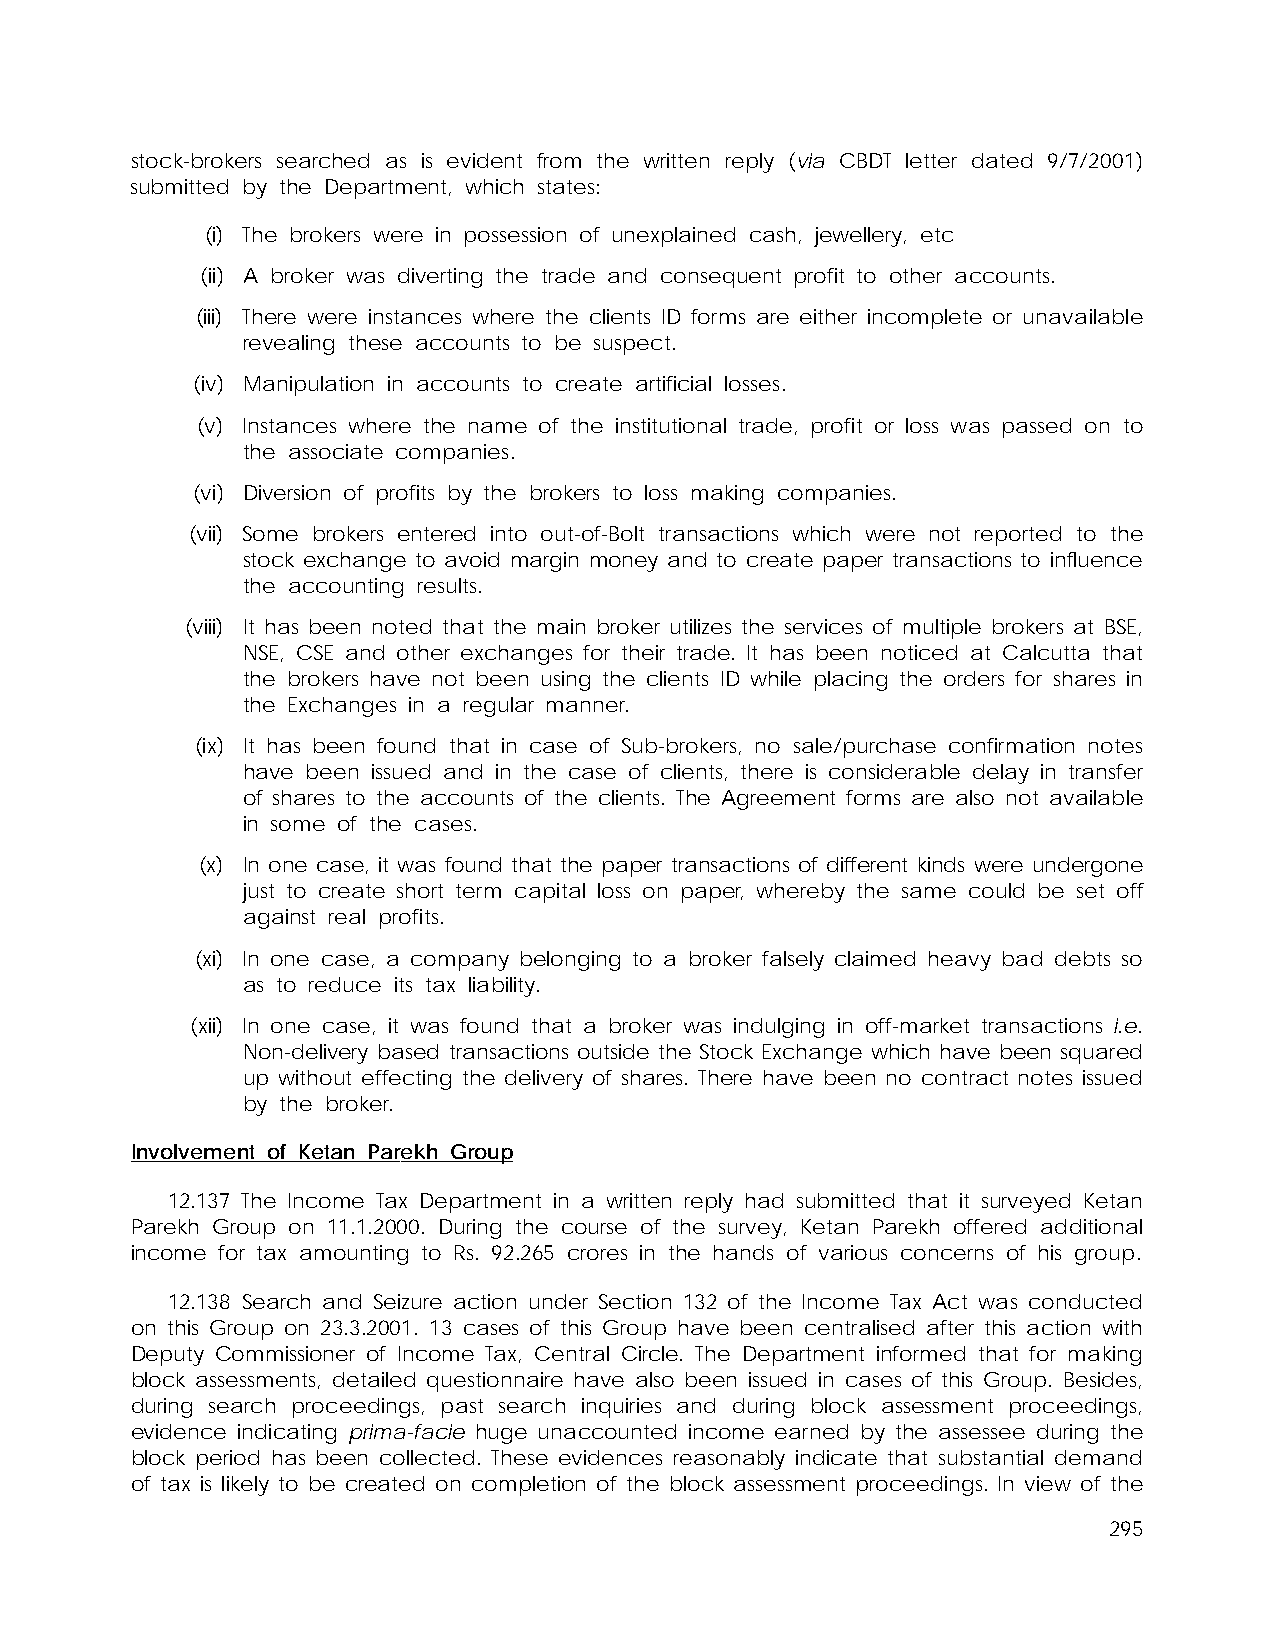
stock-brokers searched as is evident from the written reply (via CBDT letter dated 9/7/2001)
 submitted by the Department, which states:
 (i) The brokers were in possession of unexplained cash, jewellery, etc
 (ii) A broker was diverting the trade and consequent profit to other accounts.
 (iii) There were instances where the clients ID forms are either incomplete or unavailable
 revealing these accounts to be suspect.
 (iv) Manipulation in accounts to create artificial losses.
 (v) Instances where the name of the institutional trade, profit or loss was passed on to
 the associate companies.
 (vi) Diversion of profits by the brokers to loss making companies.
 (vii) Some brokers entered into out-of-Bolt transactions which were not reported to the
 stock exchange to avoid margin money and to create paper transactions to influence
 the accounting results.
 (viii) It has been noted that the main broker utilizes the services of multiple brokers at BSE,
 NSE, CSE and other exchanges for their trade. It has been noticed at Calcutta that
 the brokers have not been using the clients ID while placing the orders for shares in
 the Exchanges in a regular manner.
 (ix) It has been found that in case of Sub-brokers, no sale/purchase confirmation notes
 have been issued and in the case of clients, there is considerable delay in transfer
 of shares to the accounts of the clients. The Agreement forms are also not available
 in some of the cases.
 (x) In one case, it was found that the paper transactions of different kinds were undergone
 just to create short term capital loss on paper, whereby the same could be set off
 against real profits.
 (xi) In one case, a company belonging to a broker falsely claimed heavy bad debts so
 as to reduce its tax liability.
 (xii) In one case, it was found that a broker was indulging in off-market transactions i.e.
 Non-delivery based transactions outside the Stock Exchange which have been squared
 up without effecting the delivery of shares. There have been no contract notes issued
 by the broker.
 Involvement of Ketan Parekh Group
 12.137 The Income Tax Department in a written reply had submitted that it surveyed Ketan
 Parekh Group on 11.1.2000. During the course of the survey, Ketan Parekh offered additional
 income for tax amounting to Rs. 92.265 crores in the hands of various concerns of his group.
 12.138 Search and Seizure action under Section 132 of the Income Tax Act was conducted
 on this Group on 23.3.2001. 13 cases of this Group have been centralised after this action with
 Deputy Commissioner of Income Tax, Central Circle. The Department informed that for making
 block assessments, detailed questionnaire have also been issued in cases of this Group. Besides,
 during search proceedings, past search inquiries and during block assessment proceedings,
 evidence indicating prima-facie huge unaccounted income earned by the assessee during the
 block period has been collected. These evidences reasonably indicate that substantial demand
 of tax is likely to be created on completion of the block assessment proceedings. In view of the
 295